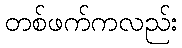
တစ်ဖက်ကလည်း